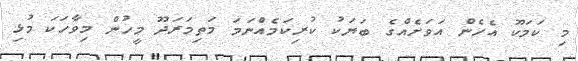
މި ކަމަކޫ އެހެން އަވަށެއްގެ ބަޔަކު ކުރިކަމެއްނަމަ މަތިމަރަދޫ މީހުން މިވާހަކަ މުޅި